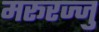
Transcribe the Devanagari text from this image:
मरूरज्जु